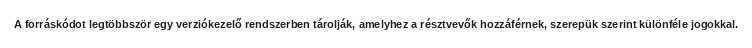
A forráskódot legtöbbször egy verziókezelő rendszerben tárolják, amelyhez a résztvevők hozzáférnek, szerepük szerint különféle jogokkal.